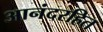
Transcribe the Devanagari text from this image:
आनंदरहित